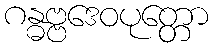
ဂန္ဓဗ္ဗဒေဝပုတ္တော